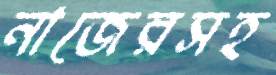
নাজেরসহ